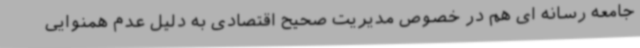
جامعه رسانه ای هم در خصوص مدیریت صحیح اقتصادی به دلیل عدم همنوایی